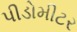
પીડોમીટર